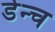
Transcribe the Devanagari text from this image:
डेन्च